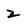
Character: 2